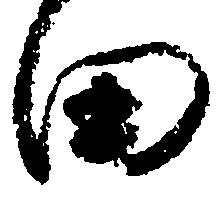
田